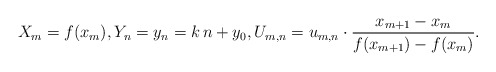
\begin{align*}X_{m}=f(x_m),Y_{n}=y_{n}=k\, n + y_0,U_{m,n}=u_{m,n}\cdot \frac{x_{m+1}-x_m}{f(x_{m+1}) - f(x_m)}.\end{align*}